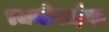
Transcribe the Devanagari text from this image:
रजनीबाईंचा